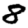
Digit: 8